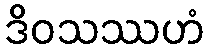
ဒိဝသဿဟံ